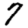
Digit: 7